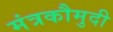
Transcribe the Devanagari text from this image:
मंत्रकौमुदी